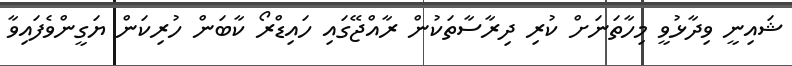
ޝައިނީ ވިދާޅުވީ މިހާތަނަށް ކުރި ދިރާސާތަކުން ރާއްޖޭގައި ހައިޑްރޯ ކާބަން ހުރިކަން ޔަގީންވެފައިވާ